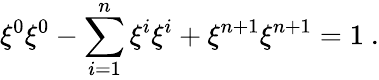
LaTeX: \xi^{0}\xi^{0}-\sum_{i=1}^{n}\xi^{i}\xi^{i}+\xi^{n+1}\xi^{n+1}=1~.